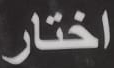
اختار